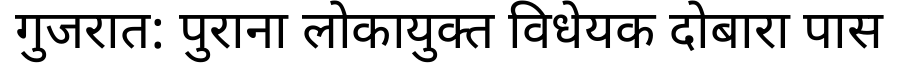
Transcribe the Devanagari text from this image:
गुजरात: पुराना लोकायुक्त विधेयक दोबारा पास